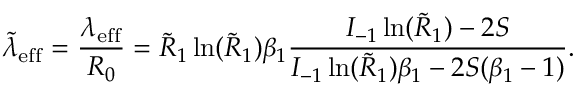
\tilde { \lambda } _ { \mathrm { e f f } } = \frac { \lambda _ { \mathrm { e f f } } } { R _ { 0 } } = \tilde { R } _ { 1 } \ln ( \tilde { R } _ { 1 } ) \beta _ { 1 } \frac { I _ { - 1 } \ln ( \tilde { R } _ { 1 } ) - 2 S } { I _ { - 1 } \ln ( \tilde { R } _ { 1 } ) \beta _ { 1 } - 2 S ( \beta _ { 1 } - 1 ) } .